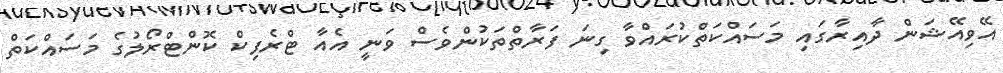
އޭވިއޭޝަން ދާއިރާގައި މަސައްކަތްކުރައްވާ ގިނަ ފަރާތްތަކުންވެސް ވަނީ އެއާ ޓްރެފިކް ކޮންޓްރޯލުގެ މަސައްކަތް